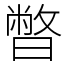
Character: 暼